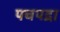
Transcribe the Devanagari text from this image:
पचपद्रा